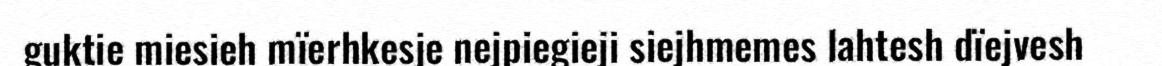
guktie miesieh mïerhkesje nejpiegieji siejhmemes lahtesh dïejvesh